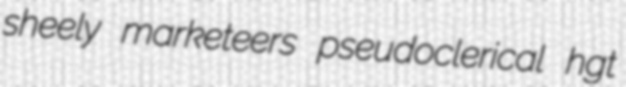
sheely marketeers pseudoclerical hgt